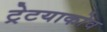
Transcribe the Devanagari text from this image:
ट्रेटयाकोव